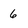
Character: 6